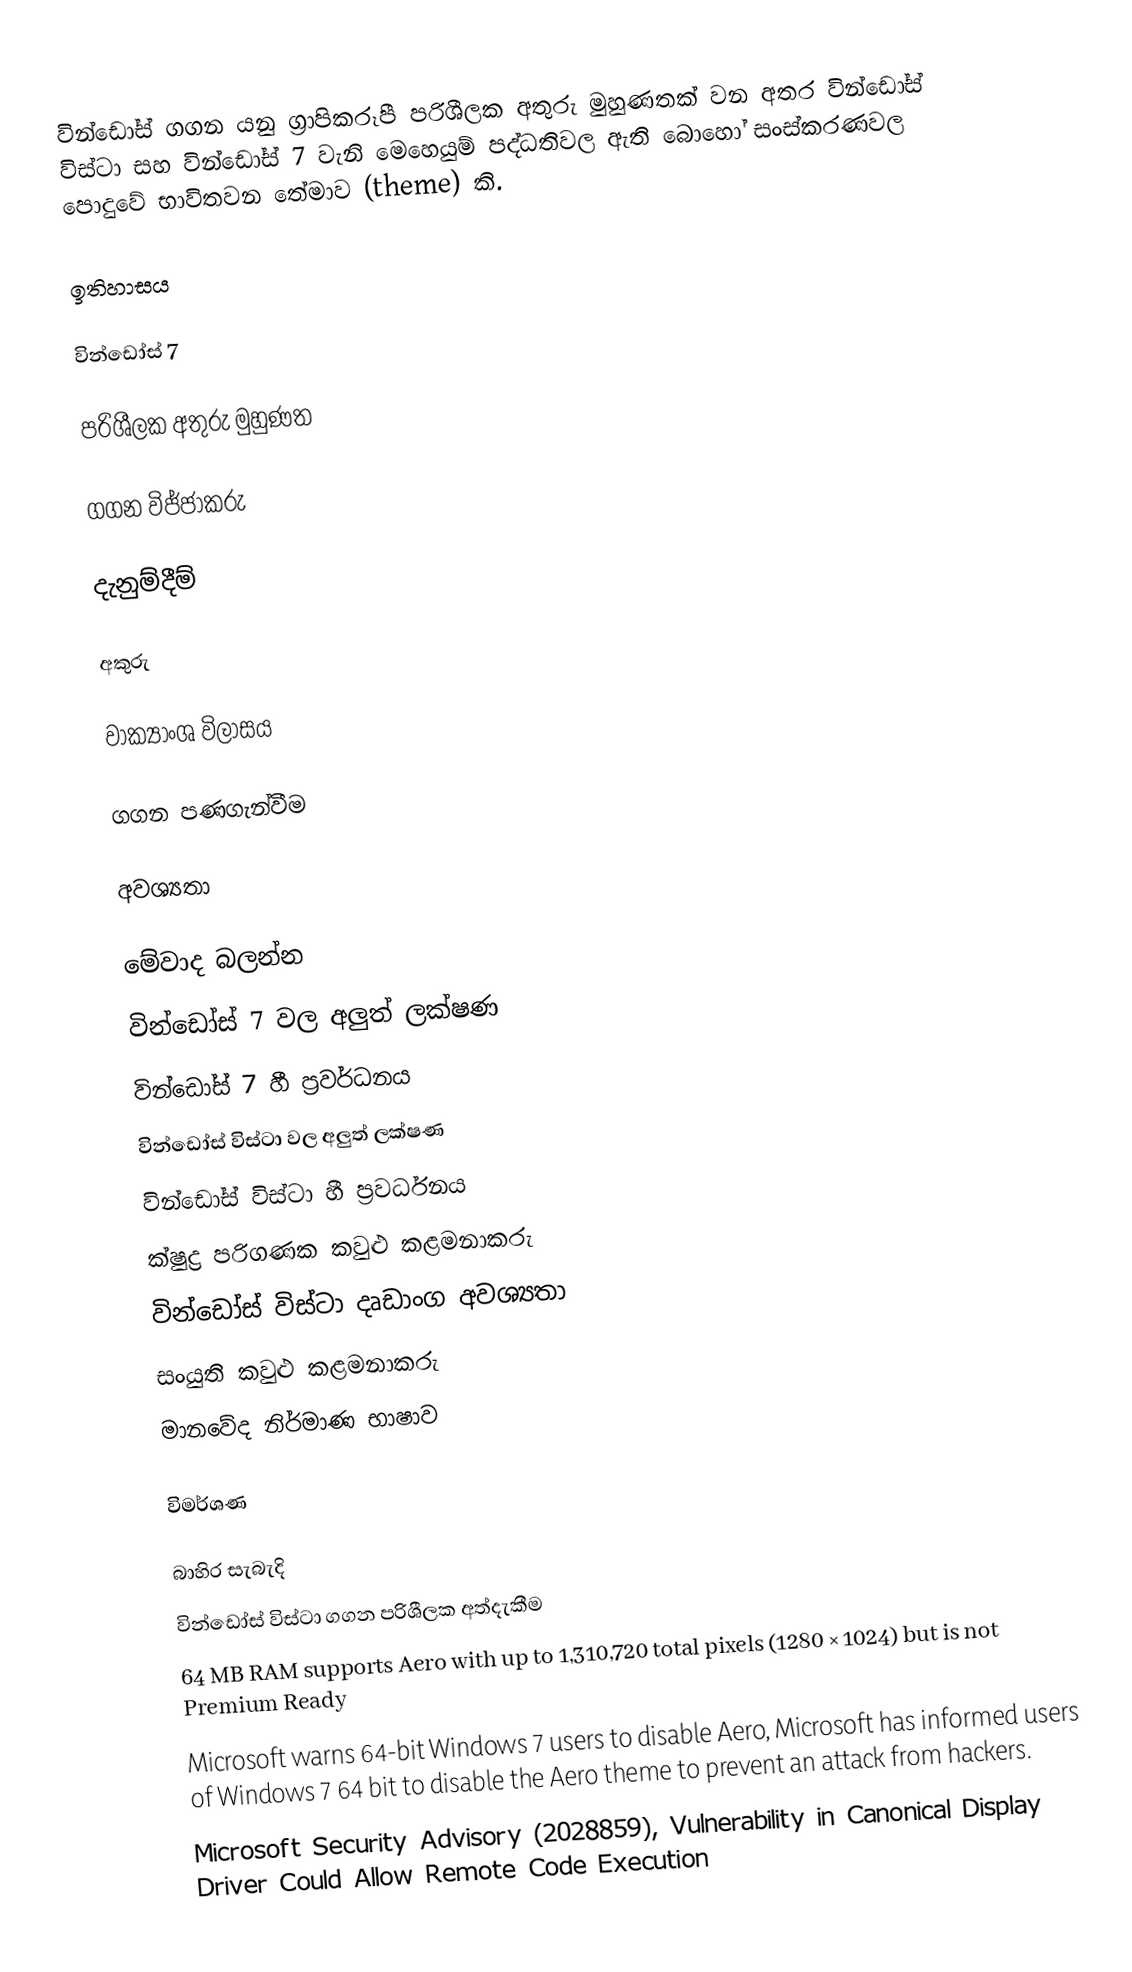
වින්ඩෝස් ගගන යනු ග්‍රාපිකරූපී පරිශීලක අතුරු මුහුණතක් වන අතර වින්ඩෝස් විස්ටා සහ වින්ඩෝස් 7 වැනි මෙහෙයුම් පද්ධතිවල ඇති බොහෝ සංස්කරණවල පොදුවේ භාවිතවන තේමාව (theme) කි.

ඉතිහාසය

වින්ඩෝස් 7

පරිශීලක අතුරු මුහුණත

ගගන විජ්ජාකරු

දැනුම්දීම්

අකුරු

වාක්‍යාංශ විලාසය

ගගන	පණගැන්වීම

අවශ්‍යතා

මේවාද බලන්න
 වින්ඩෝස් 7 වල අලුත් ලක්ෂණ
 වින්ඩෝස් 7 හී ප්‍රවර්ධනය
 වින්ඩෝස් විස්ටා වල අලුත් ලක්ෂණ
 වින්ඩෝස් විස්ටා හී ප්‍රවර්ධනය
 ක්ෂුද්‍ර පරිගණක කවුළු කළමනාකරු
 වින්ඩෝස් විස්ටා දෘඩාංග අවශ්‍යතා
 සංයුති කවුළු කළමනාකරු
 මානවේද නිර්මාණ භාෂාව

විමර්ශණ

බාහිර සැබැදි
 වින්ඩෝස් විස්ටා ගගන පරිශීලක අත්දැකීම
 64 MB RAM supports Aero with up to 1,310,720 total pixels (1280 × 1024) but is not Premium Ready
 Microsoft warns 64-bit Windows 7 users to disable Aero, Microsoft has informed users of Windows 7 64 bit to disable the Aero theme to prevent an attack from hackers.
 Microsoft Security Advisory (2028859), Vulnerability in Canonical Display Driver Could Allow Remote Code Execution